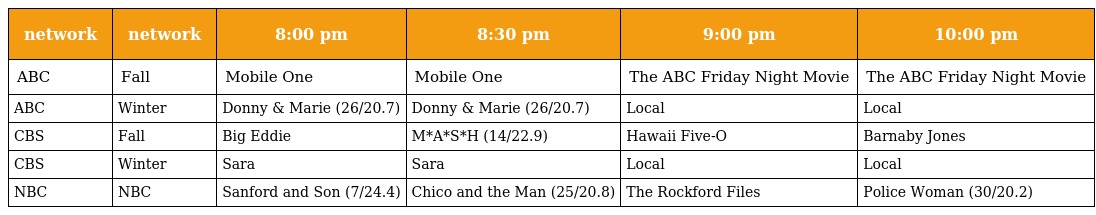
| network | network | 8:00 pm | 8:30 pm | 9:00 pm | 10:00 pm |
 | --- | --- | --- | --- | --- | --- |
 | ABC | Fall | Mobile One | Mobile One | The ABC Friday Night Movie | The ABC Friday Night Movie |
 | ABC | Winter | Donny & Marie (26/20.7) | Donny & Marie (26/20.7) | Local | Local |
 | CBS | Fall | Big Eddie | M*A*S*H (14/22.9) | Hawaii Five-O | Barnaby Jones |
 | CBS | Winter | Sara | Sara | Local | Local |
 | NBC | NBC | Sanford and Son (7/24.4) | Chico and the Man (25/20.8) | The Rockford Files | Police Woman (30/20.2) |